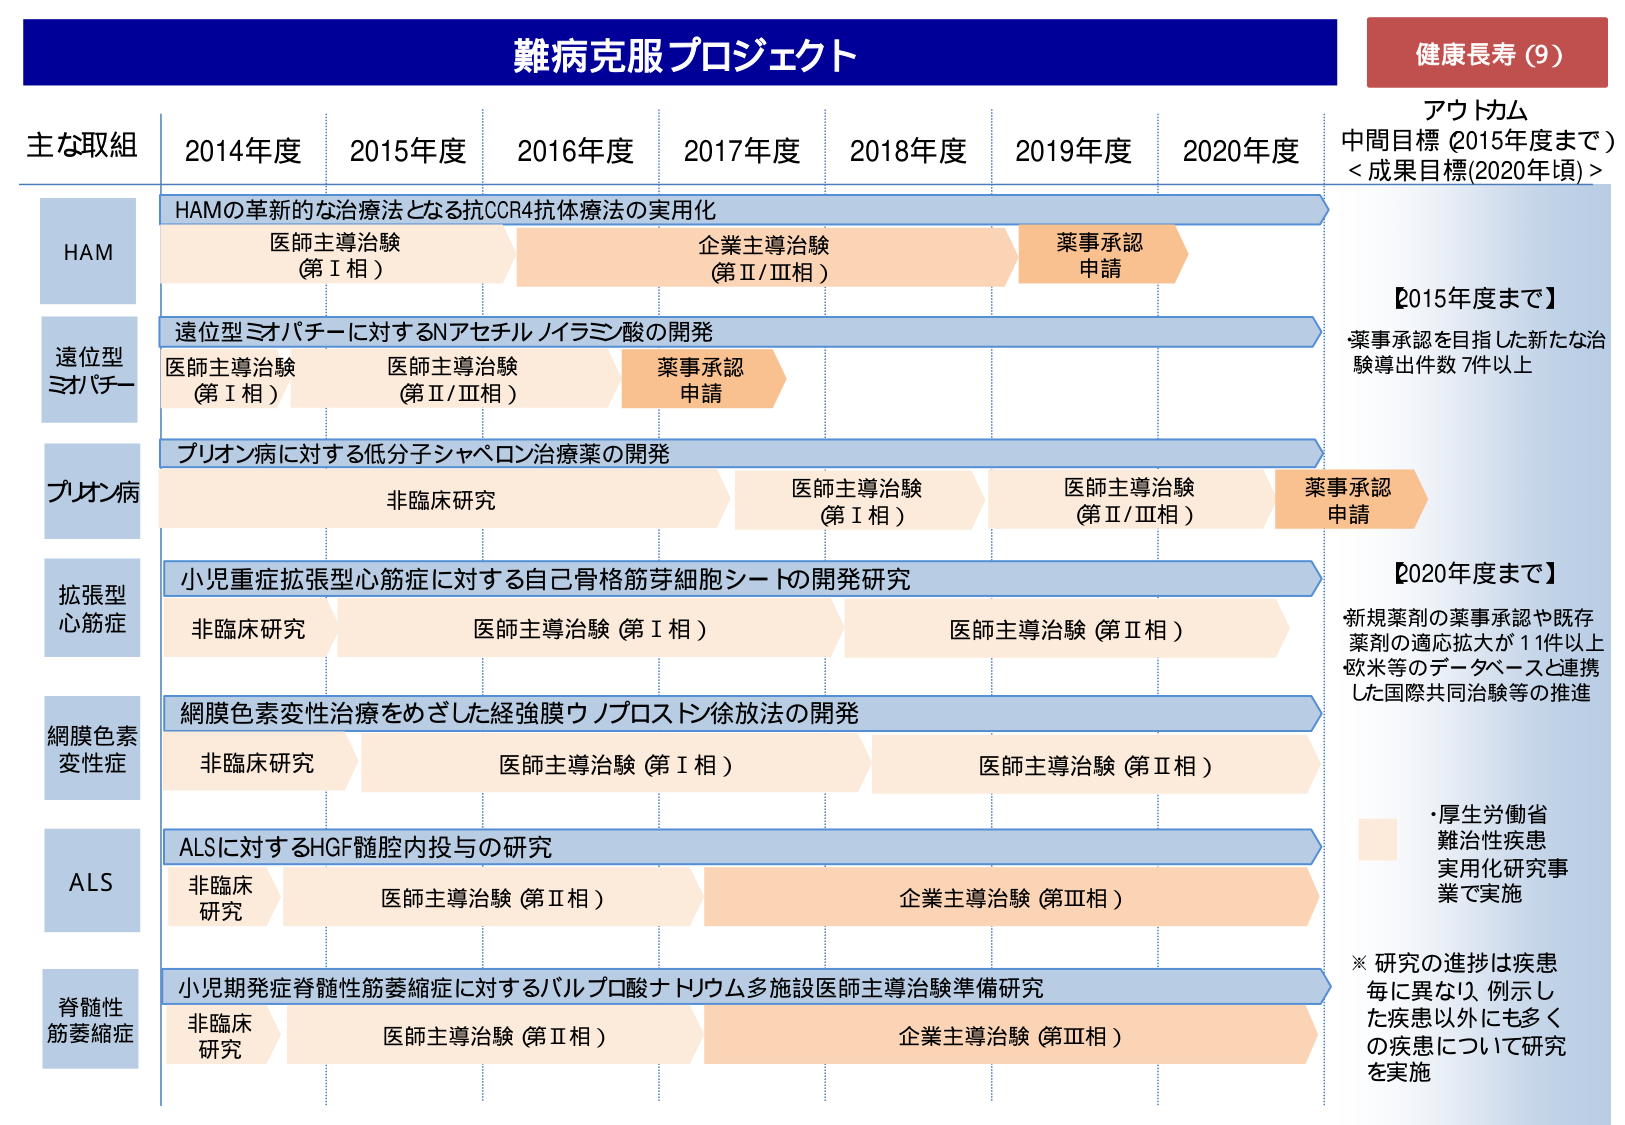
難病克服プロジェクト

健康長寿（9）

アウトカム
中間目標（2015年度まで）
＜成果目標(2020年頃)＞

【2015年度まで】
薬事承認を目指した新たな治験導出件数 7件以上

【2020年度まで】
新規薬剤の薬事承認や既存薬剤の適応拡大が11件以上
欧米等のデータベースと連携した国際共同治験等の推進

・厚生労働省
難治性疾患
実用化研究事業で実施

※ 研究の進捗は疾患毎に異なり、例示した疾患以外にも多くの疾患について研究を実施

主な取組
2014年度 2015年度 2016年度 2017年度 2018年度 2019年度 2020年度

HAM
HAMの革新的な治療法となる抗CCR4抗体療法の実用化
医師主導治験（第Ⅰ相）
企業主導治験（第Ⅱ/Ⅲ相）
薬事承認申請

遺位型ミオパチー
遺位型ミオパチーに対するNアセチルノイラミン酸の開発
医師主導治験（第Ⅰ相）
医師主導治験（第Ⅱ/Ⅲ相）
薬事承認申請

プリオン病
プリオン病に対する低分子シャペロン治療薬の開発
非臨床研究
医師主導治験（第Ⅰ相）
医師主導治験（第Ⅱ/Ⅲ相）
薬事承認申請

拡張型心筋症
小児重症拡張型心筋症に対する自己骨格筋芽細胞シートの開発研究
非臨床研究
医師主導治験（第Ⅰ相）
医師主導治験（第Ⅱ相）

網膜色素変性症
網膜色素変性治療をめざした経強膜ウノプロストン徐放法の開発
非臨床研究
医師主導治験（第Ⅰ相）
医師主導治験（第Ⅱ相）

ALS
ALSに対するHGF髄腔内投与の研究
非臨床研究
医師主導治験（第Ⅱ相）
企業主導治験（第Ⅲ相）

脊髄性筋萎縮症
小児期発症脊髄性筋萎縮症に対するバルプロ酸ナトリウム多施設医師主導治験準備研究
非臨床研究
医師主導治験（第Ⅱ相）
企業主導治験（第Ⅲ相）